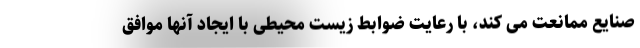
صنایع ممانعت می کند، با رعایت ضوابط زیست محیطی با ایجاد آنها موافق